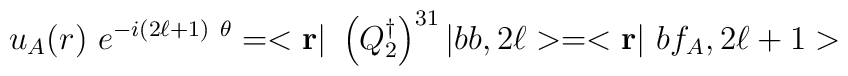
u_A ({r}) \ e^{-  i (2 \ell + 1) \ \theta} = < {\bf r} | \  \left( Q_{2}^\dagger \right)^{31} | bb, 2 \ell> =   < {\bf r} | \ bf_A, 2 \ell + 1 >